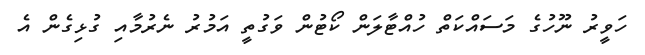
ހަވީރު ނޫހުގެ މަސައްކަތް ހުއްޓާލަން ކޯޓުން ވަގުތީ އަމުރު ނެރުމާއި ގުޅިގެން އެ